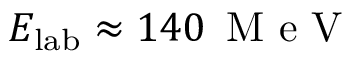
E _ { \mathrm { l a b } } \approx 1 4 0 \, \mathrm { ~ M ~ e ~ V ~ }